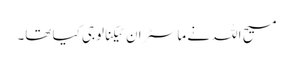
مسیح اللہ نے ماسٹر ان ٹیکنالوجی کیا تھا۔